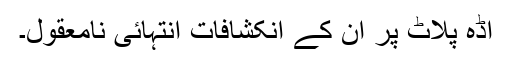
اڈہ پلاٹ پر اُن کے انکشافات انتہائی نامعقول۔